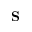
\mathbf { S }